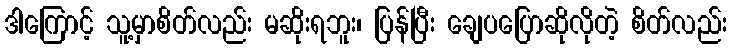
ဒါကြောင့် သူ့မှာစိတ်လည်း မဆိုးရဘူး၊ ပြန်ပြီး ချေပပြောဆိုလိုတဲ့ စိတ်လည်း